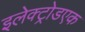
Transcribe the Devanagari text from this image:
इलेक्ट्रोडएक